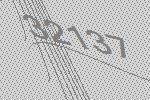
32137